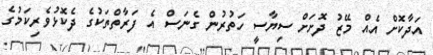
އަދާކޮށް އެއް މޭޒު ދޮށަށް ސިޔާސީ ހަތުރުން ގެނަސް އެ ފަރާތްތަކުގެ ދެކޮޅުވެރިކަމުގެ